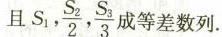
且， $$S_{1}, \frac{S_{2}}{2}, \frac{S_{3}}{3}$$ 差数列。